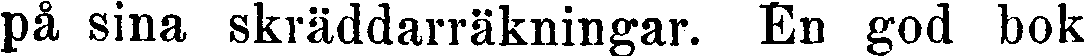
på sina skräddarräkningar. En god bok